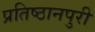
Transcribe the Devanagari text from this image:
प्रतिष्ठानपुरी